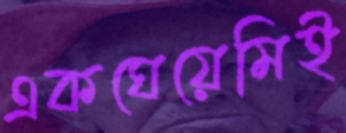
একঘেয়েমিই